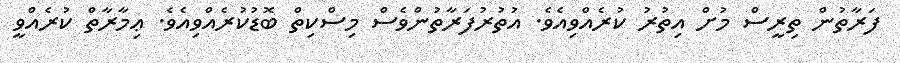
ފަރާތުން ތިރީސް މުށް އިތުރު ކުރެއްވިއެވެ. އުތުރުފަރާތުންވެސް މިސްކިތް ބޮޑުކުރެއްވިއެވެ. ޢިމާރާތް ކުރެއްވީ